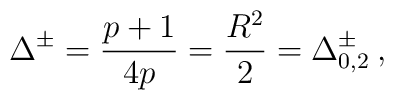
\Delta ^{\pm }=\frac{p+1}{4p}=\frac{R^{2}}{2}=\Delta ^{\pm }_{0,2}\: ,